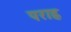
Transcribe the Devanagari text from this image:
पराह्न